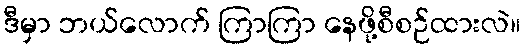
ဒီမှာ ဘယ်လောက် ကြာကြာ နေဖို့စီစဉ်ထားလဲ။